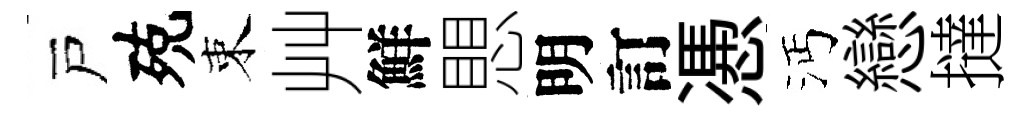
戸殑束艸鮮愳明訂慿沔戀撻